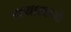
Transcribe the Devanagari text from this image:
गर्‍यामध्ये